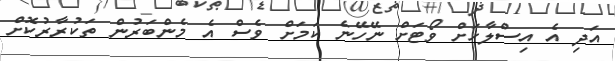
އަދި އެ އިސްލާހަށް ވޯޓަށް ނޭހޭނެ ކަމަށް ވެސް އެ މެންބަރުން ތަކުރާރުކޮށް